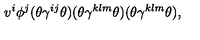
v ^ { i } \phi ^ { j } ( \theta \gamma ^ { i j } \theta ) ( \theta \gamma ^ { k l m } \theta ) ( \theta \gamma ^ { k l m } \theta ) ,